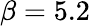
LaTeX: \beta=5.2